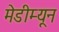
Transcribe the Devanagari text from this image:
मेडीम्यून